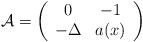
LaTeX: \begin{align*}\mathcal{A}=\left(\begin{array}{cc}0 & -1\\-\Delta & a(x)\end{array}\right)\end{align*}